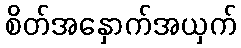
စိတ်အနှောက်အယှက်